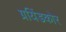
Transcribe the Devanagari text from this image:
ग्रयिंडकोर